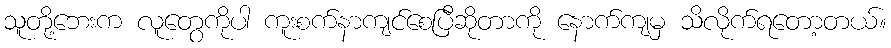
သူတို့ဘေးက လူတွေကိုပါ ကူးစက်နာကျင်စေပြီဆိုတာကို နောက်ကျမှ သိလိုက်ရတော့တယ်။